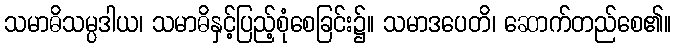
သမာဓိသမ္ပဒါယ၊ သမာဓိနှင့်ပြည့်စုံစေခြင်း၌။ သမာဒပေတိ၊ ဆောက်တည်စေ၏။